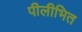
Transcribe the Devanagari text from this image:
पीलीभित